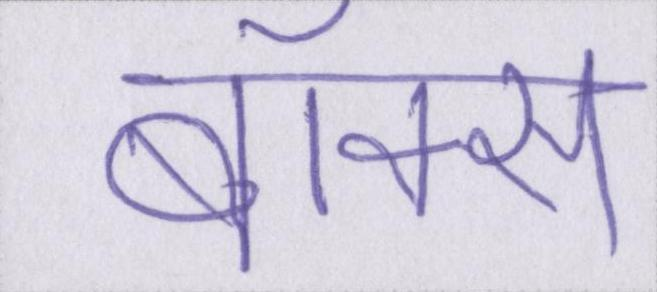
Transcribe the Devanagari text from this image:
बॉक्स